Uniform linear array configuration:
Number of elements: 24
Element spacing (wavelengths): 0.75
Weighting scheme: hann
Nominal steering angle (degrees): -60
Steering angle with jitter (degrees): -60.599
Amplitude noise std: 0.05
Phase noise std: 0.05

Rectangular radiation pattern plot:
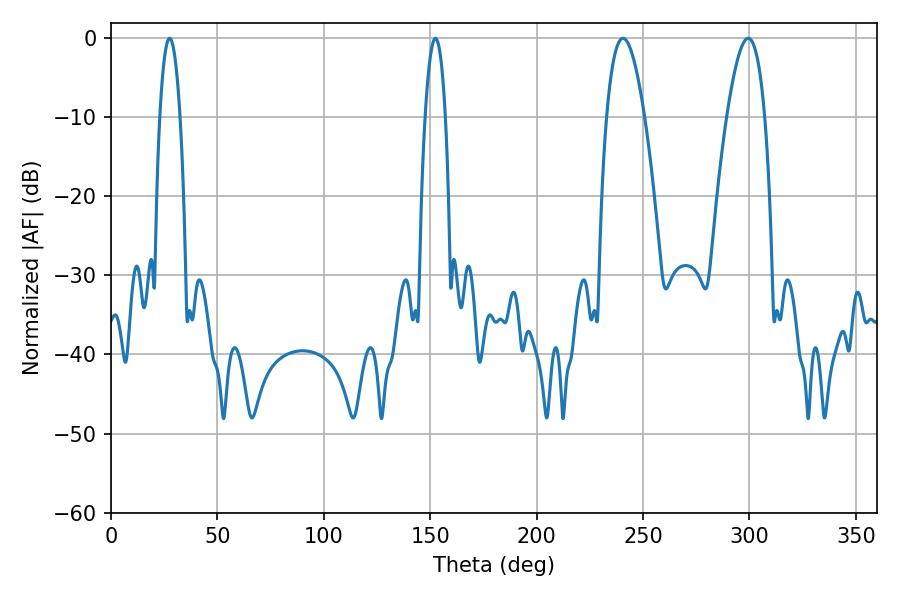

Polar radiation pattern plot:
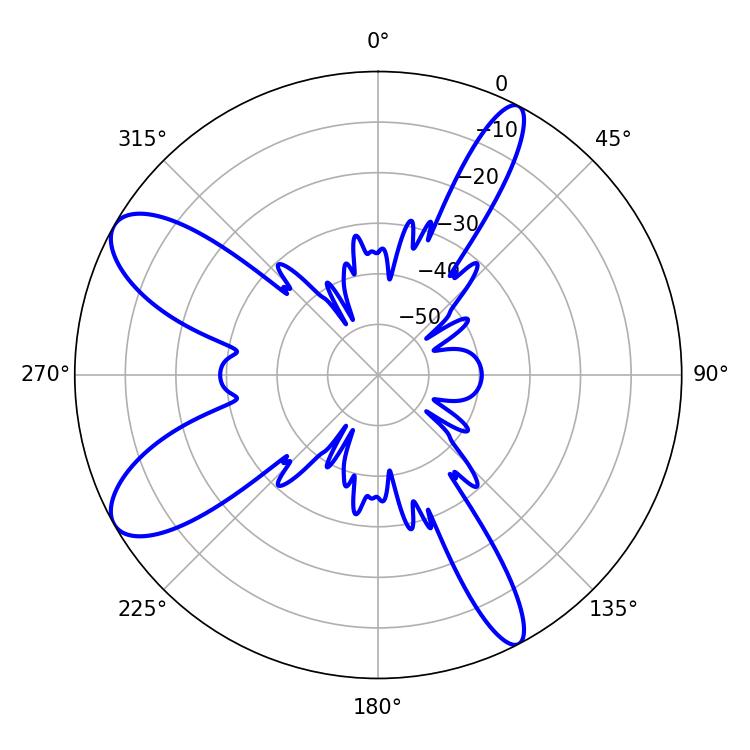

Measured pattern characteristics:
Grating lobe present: TRUE
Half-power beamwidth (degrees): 5.22
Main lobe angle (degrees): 27.54